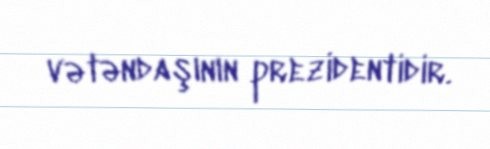
vətəndaşının prezidentidir.